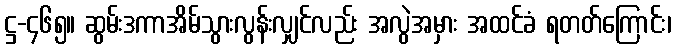
ဋ္ဌ-၄၆၅။ ဆွမ်းဒကာအိမ်သွားလွန်းလျှင်လည်း အလွဲအမှား အထင်ခံ ရတတ်ကြောင်း၊